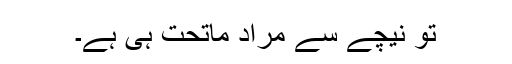
تو نیچے سے مراد ماتحت ہی ہے۔